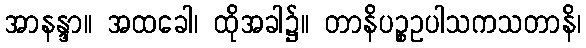
အာနန္ဒာ။ အထခေါ၊ ထိုအခါ၌။ တာနိပဉ္စဥပါသကသတာနိ၊